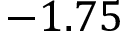
- 1 . 7 5